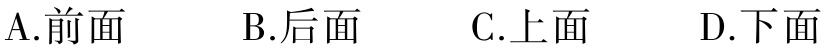
A.前面  B.后面  C.上面  D.下面